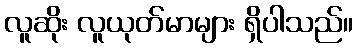
လူဆိုး လူယုတ်မာများ ရှိပါသည်။